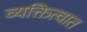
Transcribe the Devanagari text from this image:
व्यक्तित्वात